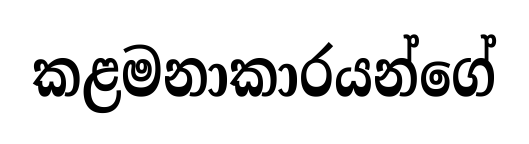
කළමනාකාරයන්ගේ